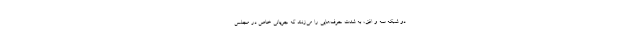
دو شبکه سه و افق، به شدت حرف‌هایی را می‌زنند که جریانی خاص در مجلس